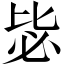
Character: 毖